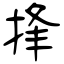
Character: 捀